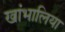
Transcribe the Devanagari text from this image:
खांभालिया